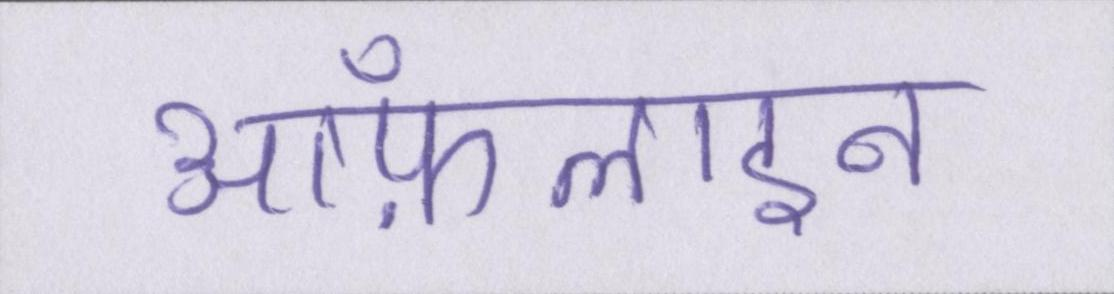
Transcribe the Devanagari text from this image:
ऑफ़लाइन